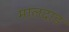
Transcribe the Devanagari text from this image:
मालदाड